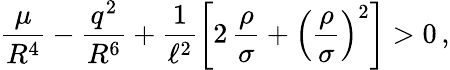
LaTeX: \frac{\mu}{R^{4}}-\frac{q^{2}}{R^{6}}+\frac{1}{\ell^{2}}\left[2\, \frac{\rho}{\sigma}+\left(\frac{\rho}{\sigma}\right)^{2}\right]>0\, ,